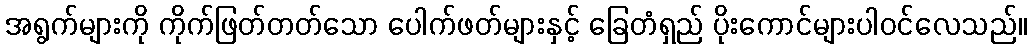
အရွက်များကို ကိုက်ဖြတ်တတ်သော ပေါက်ဖတ်များနှင့် ခြေတံရှည် ပိုးကောင်များပါဝင်လေသည်။